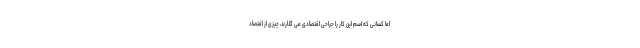
اما کسانی که اسم این کار را جراحی اقتصادی می گذارند، چیزی از اقتصاد